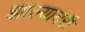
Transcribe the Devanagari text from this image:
झाल्यावरी